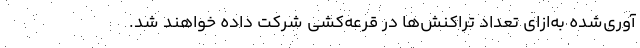
آوری‌شده به‌ازای تعداد تراکنش‌ها در قرعه‌کشی شرکت داده خواهند شد.